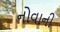
નોવાની